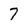
Character: 7